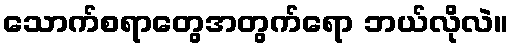
သောက်စရာတွေအတွက်ရော ဘယ်လိုလဲ။